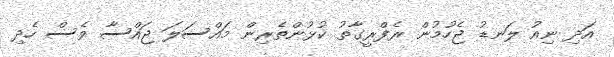
އަދި ނިއު ލަނޑު ޖެހުމުން ރެފްރީގާތު ކުޅުންތެރިން މައްސަލަ ޖައްސާ ވެސް ހެދި